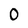
Character: 0